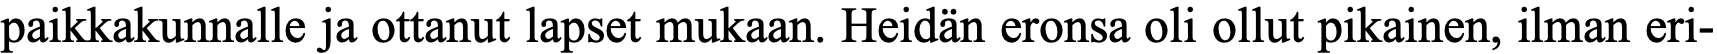
paikkakunnalle ja ottanut lapset mukaan. Heidän eronsa oli ollut pikainen, ilman eri-